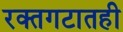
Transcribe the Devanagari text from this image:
रक्तगटातही